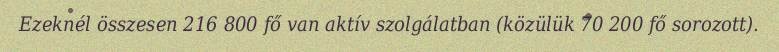
Ezeknél összesen 216 800 fő van aktív szolgálatban (közülük 70 200 fő sorozott).